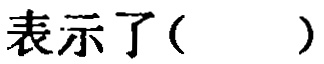
表示了( )